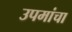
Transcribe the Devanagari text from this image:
उपमांचा